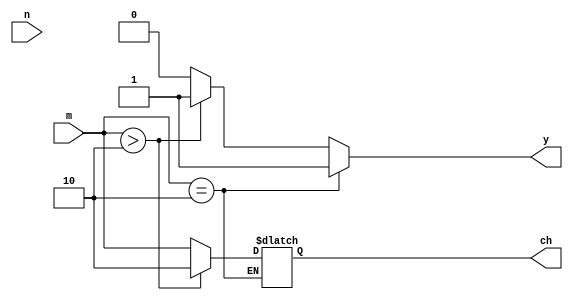
module coke1(
    output reg y,
    output reg [0:1] ch,
    input [0:1] m,
    input n
    );
	 
	 parameter r=2'd10;
always @(m)
 
	if(m==r)
		y=1'b1;
	else if(m>r)
		begin
			y=1'b1;
			ch=r;
		end
	else
		begin
		y=1'b0;
		ch=m;
		end


endmodule